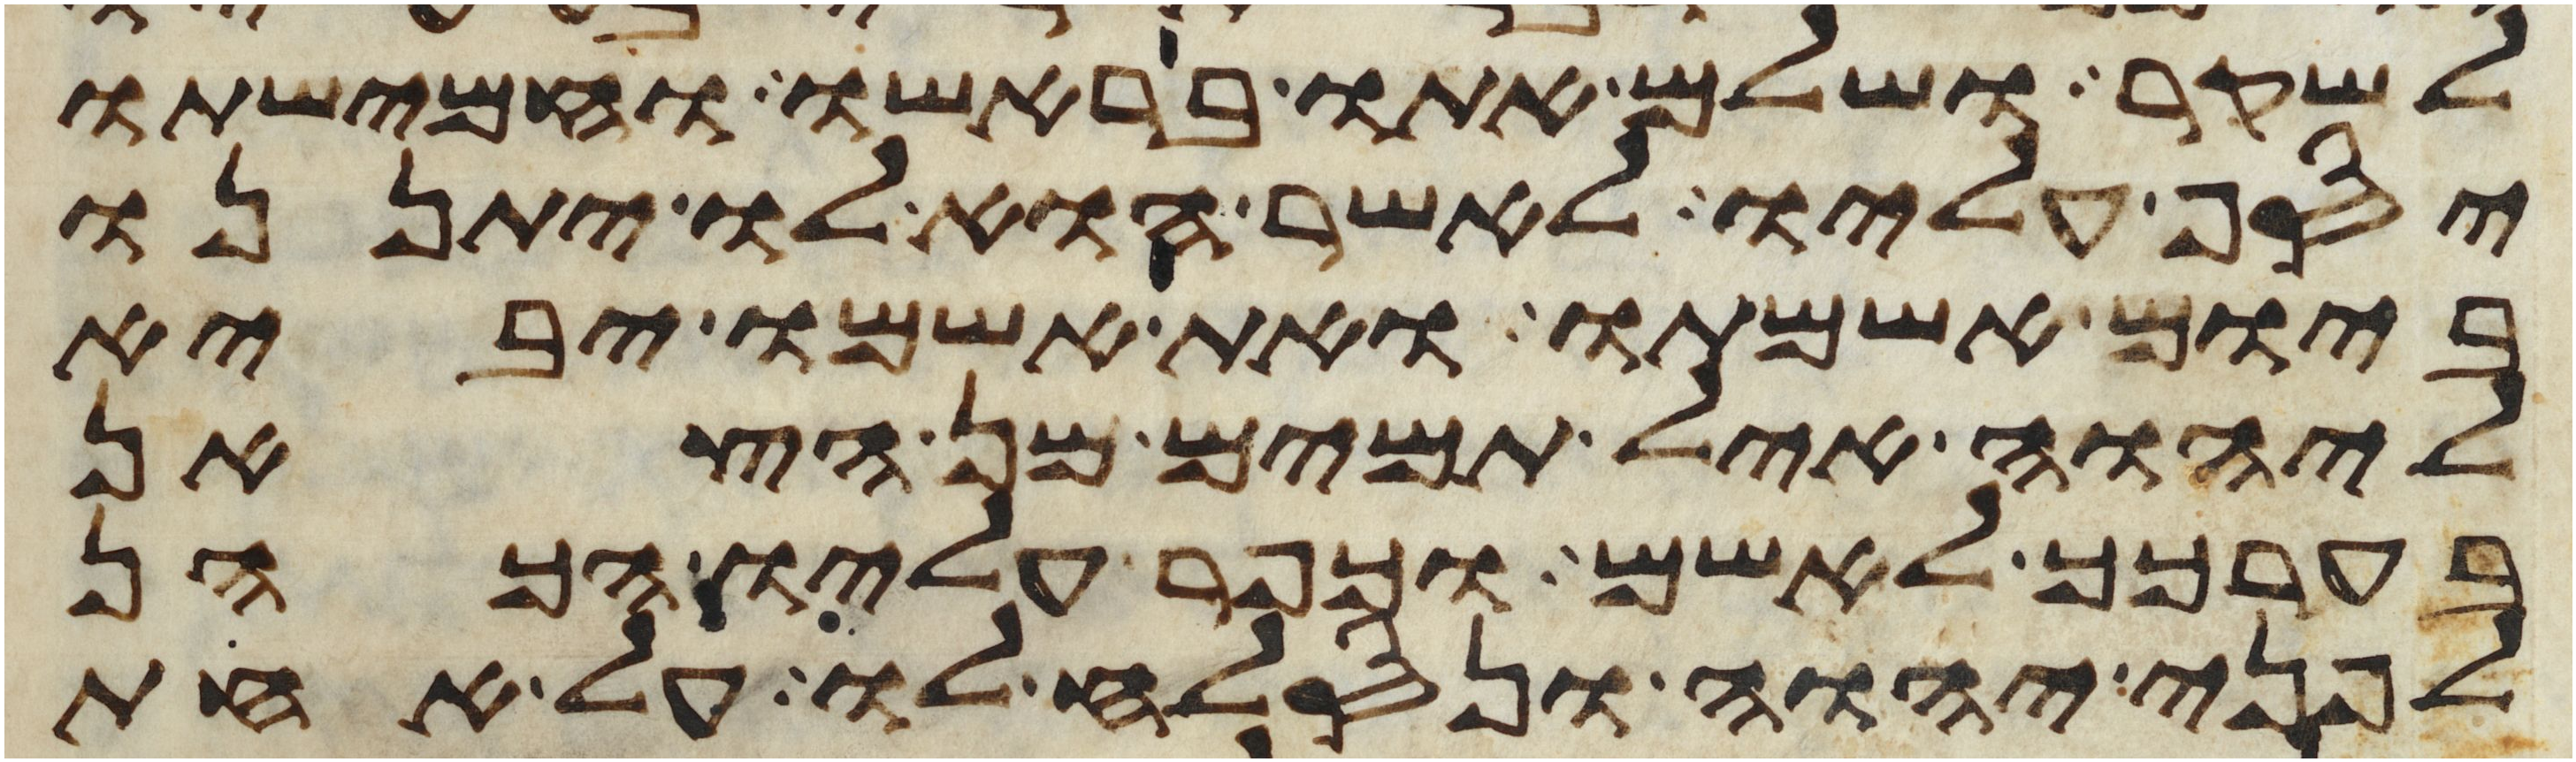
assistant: לשקר ושלם אתו בראשו וחמישתו
יסף עליו לאשר הוא לו יתננו
ביום אשמתו ואת אשמו יביא
ליהוה איל תמים מן הצאן
בערכך לאשם וכפר עליו הכהן
לפני יהוה ונסלח לו על אחת